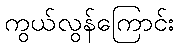
ကွယ်လွန်ကြောင်း